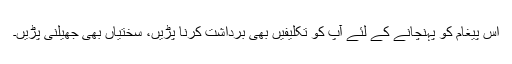
اس پیغام کو پہنچانے کے لئے آپؐ کو تکلیفیں بھی برداشت کرنا پڑیں، سختیاں بھی جھیلنی پڑیں۔